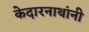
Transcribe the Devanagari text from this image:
केदारनाथांनी